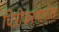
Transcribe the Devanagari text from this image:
चित्रीकरणातील